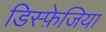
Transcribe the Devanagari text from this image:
डिस्फ़ेजिया